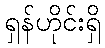
ရှန်ဟိုင်းရှိ